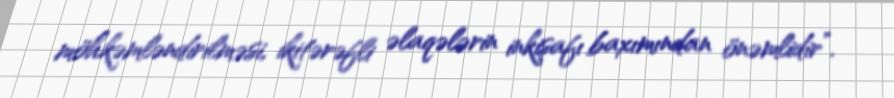
möhkəmləndirilməsi, ikitərəfli əlaqələrin inkişafı baxımından önəmlidir”.